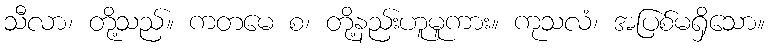
သီလာ၊ တို့သည်။ ကတမေ စ၊ တို့နည်းဟူမူကား။ ကုသလံ၊ အပြစ်မရှိသော။